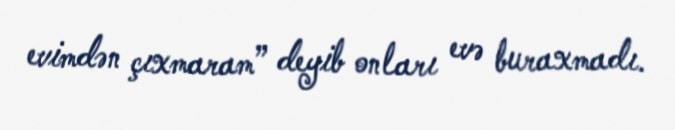
evimdən çıxmaram” deyib onları evə buraxmadı.